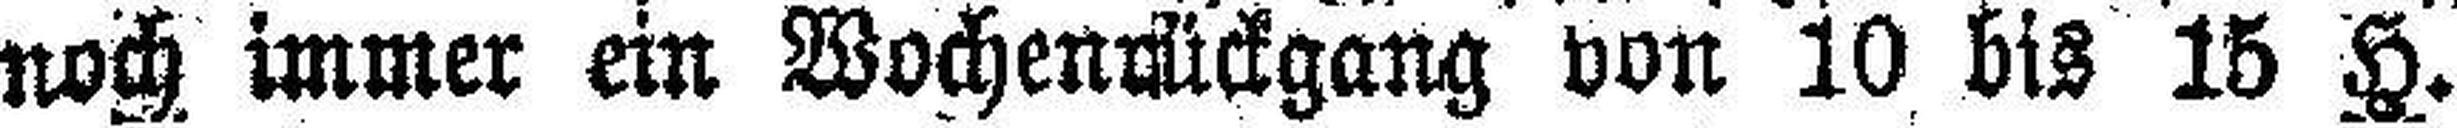
noch immer ein Wochenrückgang von 10 bis 15 H.